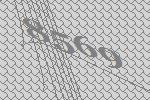
8569